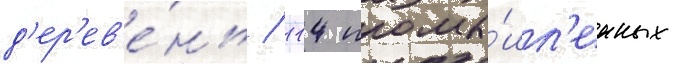
д'ер'ев'е́нь / 114 промы́шл'енных